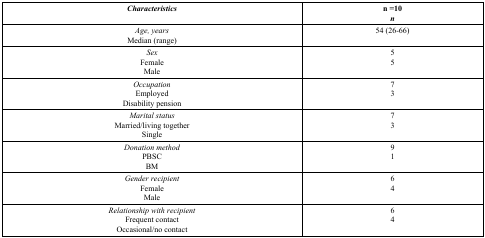
| Characteristics | n =10n |
 | --- | --- |
 | Age, yearsMedian (range) | 54 (26-66) |
 | SexFemaleMale | 55 |
 | OccupationEmployedDisability pension | 73 |
 | Marital statusMarried/living togetherSingle | 73 |
 | Donation methodPBSCBM | 91 |
 | Gender recipientFemaleMale | 64 |
 | Relationship with recipientFrequent contactOccasional/no contact | 64 |